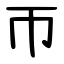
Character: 帀